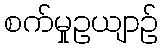
စက်မှုဥယျာဉ်